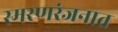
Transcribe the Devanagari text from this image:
स्मरणरंजनात